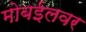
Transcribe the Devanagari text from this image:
मोबईलवर